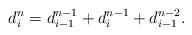
LaTeX: \begin{align*}d^n_{i} = d^{n-1}_{i-1} + d^{n-1}_{i} + d^{n-2}_{i-1}.\end{align*}